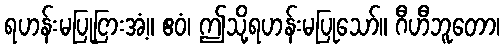
ရဟန်းမပြုငြားအံ့။ ဧဝံ၊ ဤသို့ရဟန်းမပြုသော်။ ဂီဟီဘူတော၊